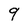
Character: 9